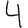
Digit: 4